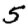
Digit: 5